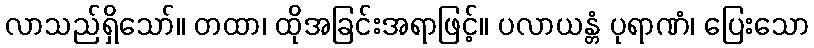
လာသည်ရှိသော်။ တထာ၊ ထိုအခြင်းအရာဖြင့်။ ပလာယန္တံ ပုရာဏံ၊ ပြေးသော